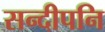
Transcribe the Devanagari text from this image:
सन्‍दीपनि